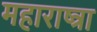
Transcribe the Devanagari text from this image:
महाराष्त्रा